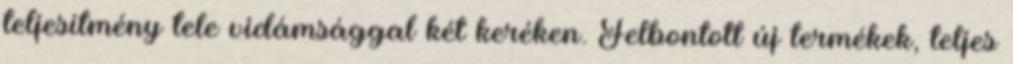
teljesítmény tele vidámsággal két keréken. Felbontott új termékek, teljes